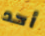
أحد